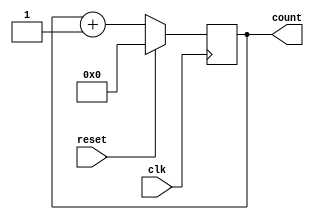
module sync_count(clk,reset,count);
input clk,reset;
output reg [3:0] count;

always@(posedge clk)
begin
if(reset)
count <= 4'b0000;
else
count <= count+1;
end
endmodule